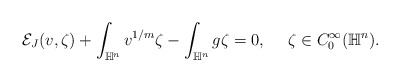
\begin{align*} \begin{aligned} \mathcal{E}_J(v,\zeta)+\int_{\mathbb{H}^n}v^{1/m}\zeta-\int_{\mathbb{H}^n}g\zeta=0, ~~~~\zeta\in C_0^\infty(\mathbb{H}^n). \end{aligned} \end{align*}